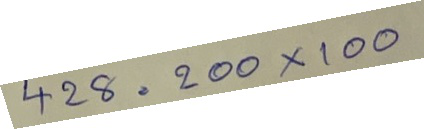
428 = 200 x 100